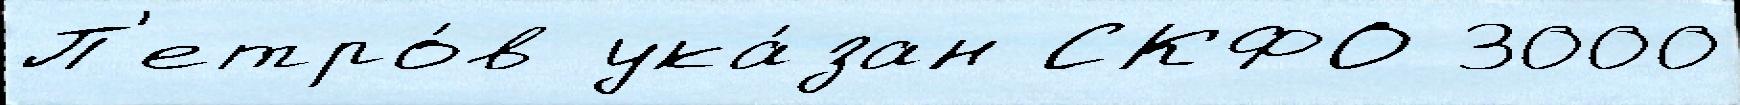
П'етро́в ука́зан СКФО 3000